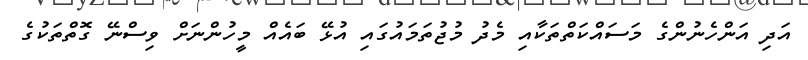
އަދި އަންހެނުންގެ މަސައްކަތްތަކާއި މެދު މުޖުތަމައުގައި އުޅޭ ބައެއް މީހުންނަށް ވިސްނޭ ގޮތްތަކުގެ